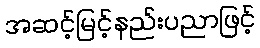
အဆင့်မြင့်နည်းပညာဖြင့်